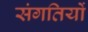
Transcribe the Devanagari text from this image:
संगतियों